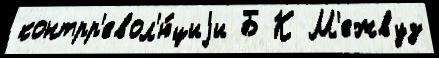
контрр'евол'ю́циjи Б К М'ежвуз